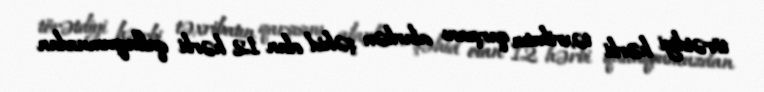
törətdiyi hərbi təxribatın qarşısını alarkən şəhid olan 12 hərbi qulluqçumuzdan